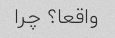
واقعا؟ چرا